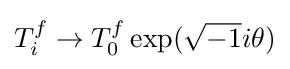
T_{i}^{f}\to T_{0}^{f}\exp({\sqrt {-1}}i\theta )